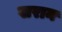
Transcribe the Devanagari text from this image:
खरान